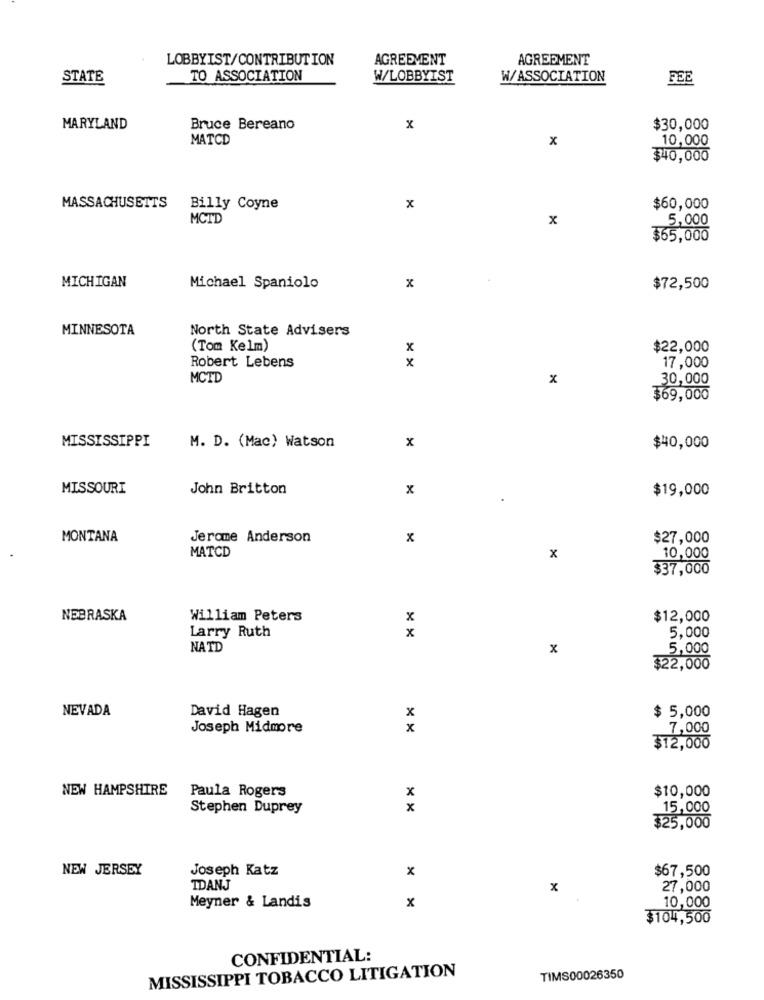
LOBBYIST/CONTRIBUTION
AGREEMENT
AGREEMENT
STATE
TO ASSOCIATION
W/LOBBYIST
W/ASSOCIATION
FEE
MARYLAND
Bruce Bereano
x
$30,000
MATCD
x
10,000
$40,000
MASSACHUSETTS
Billy Coyne
x
$60,000
MCTD
x
5,000
$65,000
MICHIGAN
Michael Spaniolo
x
$72,500
MINNESOTA
North State Advisers
(Tom Kelm)
x
$22,000
Robert Lebens
x
17,000
MCTD
x
30,000
$69,000
MISSISSIPPI
x
M. D. (Mac) Watson
$40,000
MISSOURI
John Britton
x
$19,000
MONTANA
Jerome Anderson
x
$27,000
MATCD
x
10,000
$37,000
NEBRASKA
William Peters
x
$12,000
Larry Ruth
x
5,000
NATD
x
5,000
$22,000
NEVADA
David Hagen
x
$ 5,000
Joseph Midmore
x
7,000
$12,000
NEW HAMPSHIRE
Paula Rogers
$10,000
x
Stephen Duprey
x
15,000
$25,000
NEW JERSEY
Joseph Katz
x
$67,500
TDANJ
x
27,000
Meyner & Landis
x
10,000
$104,500
CONFIDENTIAL:
MISSISSIPPI TOBACCO LITIGATION
TIMS00026350